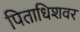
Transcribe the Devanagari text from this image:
पिताधिशवर